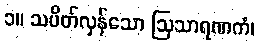
၁။ သပိတ်လှန်သော ဩသာရဏကံ၊